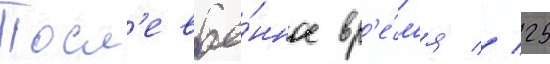
Посл'евое́нное вр'е́м'я // 25